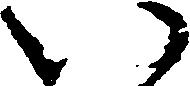
い